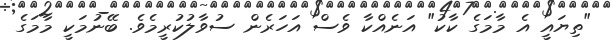
"ތިޔައީ އެ މާމަގެ ކާކު" އަނެއްކާ ވެސް އަހަރެން ސުވާލުކުރީމެވެ. ބޭނުމަކީ މާމަގެ